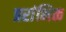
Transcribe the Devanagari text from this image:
प्ररांभिक